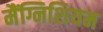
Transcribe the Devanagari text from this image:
मैंग्निशियम